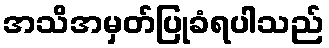
အသိအမှတ်ပြုခံရပါသည်